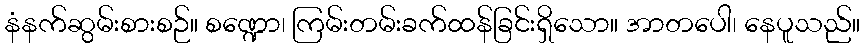
နံနက်ဆွမ်းစားစဉ်။ စဏ္ဍော၊ ကြမ်းတမ်းခက်ထန်ခြင်းရှိသော။ အာတပေါ၊ နေပူသည်။